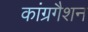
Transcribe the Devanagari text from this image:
कांग्रगैशन